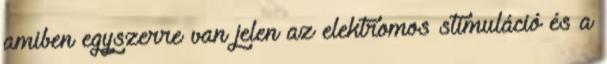
amiben egyszerre van jelen az elektromos stimuláció és a